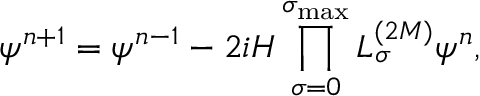
\psi ^ { n + 1 } = \psi ^ { n - 1 } - 2 i { \cal H } \prod _ { \sigma = 0 } ^ { \sigma _ { \operatorname* { m a x } } } L _ { \sigma } ^ { ( 2 M ) } \psi ^ { n } ,